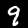
Digit: 9